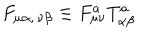
LaTeX: F _ { \mu \alpha , \, \nu \beta } \equiv F _ { \mu \nu } ^ { a } T _ { \alpha \beta } ^ { a }